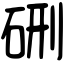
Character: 硎